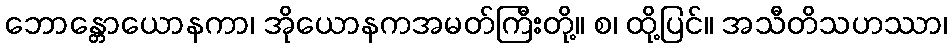
ဘောန္တောယောနကာ၊ အိုယောနကအမတ်ကြီးတို့။ စ၊ ထို့ပြင်။ အသီတိသဟဿာ၊